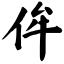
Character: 侔